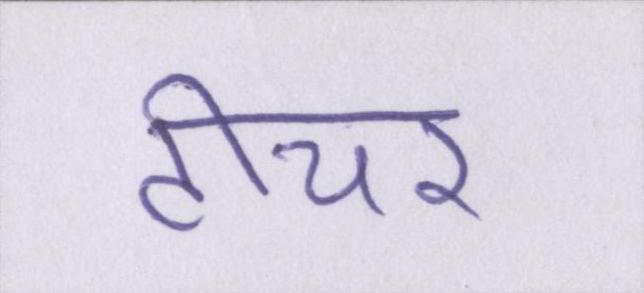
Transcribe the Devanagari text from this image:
टीचर